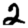
Digit: 2